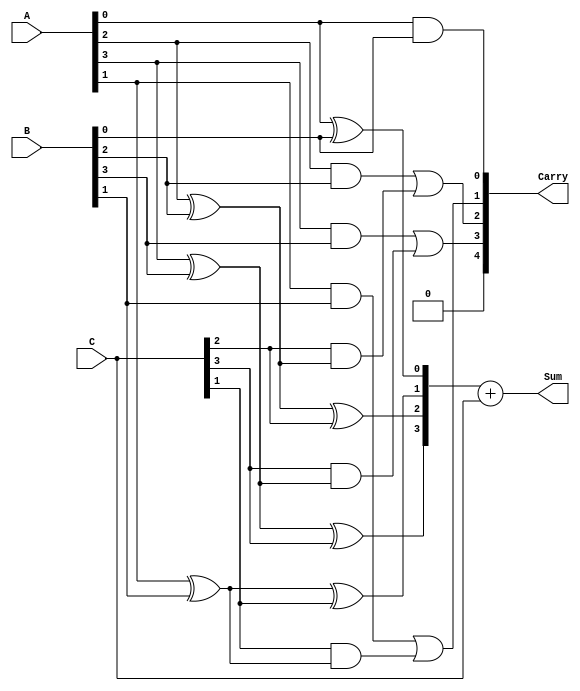
module CarrySaveAdder (
    input [3:0] A,  // 4-bit operand A
    input [3:0] B,  // 4-bit operand B
    input [3:0] C,  // 4-bit operand C
    output [4:0] Sum, // 5-bit output for the final sum
    output [4:0] Carry // 5-bit output for the carry
);
    
    wire [3:0] S0, S1, S2; // Intermediate sums
    wire [3:0] C0, C1, C2; // Intermediate carries

    // Half Adder for the least significant bit (LSB)
    assign S0[0] = A[0] ^ B[0]; // Sum of A[0] and B[0]
    assign C0[0] = A[0] & B[0]; // Carry from A[0] and B[0]

    // Full Adders for the rest of the bits
    genvar i;
    generate
        for (i = 1; i < 4; i = i + 1) begin: full_adders
            assign S0[i] = A[i] ^ B[i] ^ C[i]; // Sum of A[i], B[i], and C[i]
            assign C0[i] = (A[i] & B[i]) | (C[i] & (A[i] ^ B[i])); // Carry generation
        end
    endgenerate

    // Calculate the final sum and carry
    assign Sum = S0 + C; // Final sum is the sum of intermediate sums and carry
    assign Carry = C0;   // Final carry is the carry from the last bit

endmodule